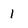
Character: 1